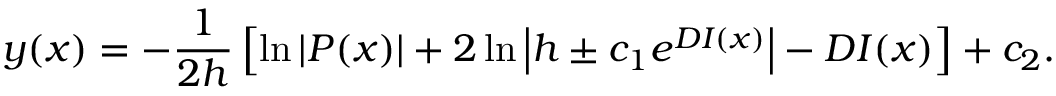
y ( x ) = - \frac { 1 } { 2 h } \left[ \ln { \left| P ( x ) \right| } + 2 \ln { \left| h \pm c _ { 1 } e ^ { D I ( x ) } \right| } - D I ( x ) \right] + c _ { 2 } .